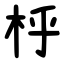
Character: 㭔